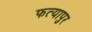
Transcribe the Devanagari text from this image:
फत्यापुर